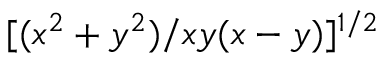
[ ( x ^ { 2 } + y ^ { 2 } ) / x y ( x - y ) ] ^ { 1 / 2 }